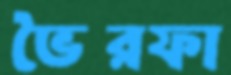
ভৈরফা